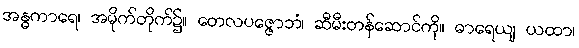
အန္ဓကာရေ၊ အမိုက်တိုက်၌။ တေလပဇ္ဇောဘံ၊ ဆီမီးတန်ဆောင်ကို။ ဓာရေယျ ယထာ၊